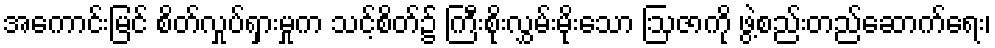
အကောင်းမြင် စိတ်လှုပ်ရှားမှုက သင့်စိတ်၌ ကြီးစိုးလွှမ်းမိုးသော ဩဇာကို ဖွဲ့စည်းတည်ဆောက်ရေး၊